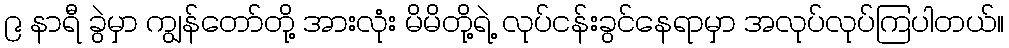
၉ နာရီ ခွဲမှာ ကျွန်တော်တို့ အားလုံး မိမိတို့ရဲ့ လုပ်ငန်းခွင်နေရာမှာ အလုပ်လုပ်ကြပါတယ်။